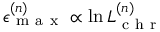
\epsilon _ { \mathrm { ~ m ~ a ~ x ~ } } ^ { ( n ) } \propto \ln L _ { \mathrm { ~ c ~ h ~ r ~ } } ^ { ( n ) }